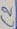
Text: C2